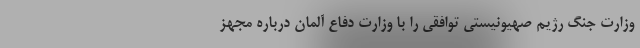
وزارت جنگ رژیم صهیونیستی توافقی را با وزارت دفاع آلمان درباره مجهز